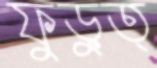
ফুড়ুত্